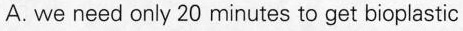
A. we need only 20 minutes to get bioplastic